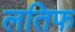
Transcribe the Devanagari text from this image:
लतिफ